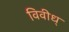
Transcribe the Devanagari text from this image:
विवीध्